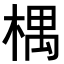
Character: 𣕃